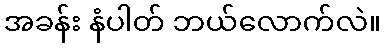
အခန်း နံပါတ် ဘယ်လောက်လဲ။